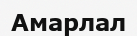
Амарлал